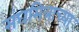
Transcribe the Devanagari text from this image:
संघमित्राच्या